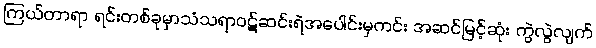
ကြယ်တာရာ ရင်းတစ်ခုမှာသံသရာဝဋ်ဆင်းရဲအပေါင်းမှကင်း အဆင်မြင့်ဆုံး ကွဲလွဲလျက်